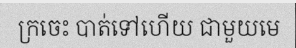
ក្រចេះ បាត់ទៅហើយ ជាមួយមេ